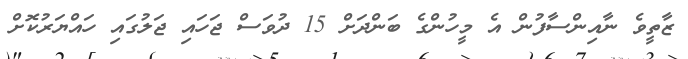
ޒާތީވެ ނާއިންސާފުން އެ މީހުންގެ ބަންދަށް 15 ދުވަސް ޖަހައި ޖަލުގައި ހައްޔަރުކޮށް